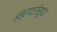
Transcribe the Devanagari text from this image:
इस्रायलीसुद्धा